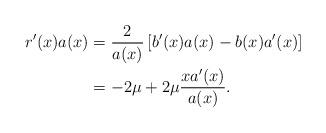
LaTeX: \begin{align*}r'(x) a(x) &= \frac{2}{a(x)} \left[b'(x) a(x) - b(x) a'(x)\right] \\&= -2 \mu + 2\mu \frac{xa'(x)}{a(x)} .\end{align*}